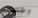
وطننا